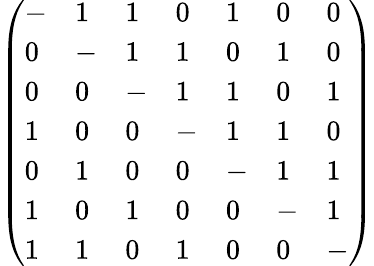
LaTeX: {\left(\begin{array}{lllllll}{-}&{1}&{1}&{0}&{1}&{0}&{0}\\ {0}&{-}&{1}&{1}&{0}&{1}&{0}\\ {0}&{0}&{-}&{1}&{1}&{0}&{1}\\ {1}&{0}&{0}&{-}&{1}&{1}&{0}\\ {0}&{1}&{0}&{0}&{-}&{1}&{1}\\ {1}&{0}&{1}&{0}&{0}&{-}&{1}\\ {1}&{1}&{0}&{1}&{0}&{0}&{-}\end{array}\right)}